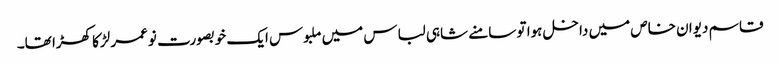
قاسم دیوان خاص میں داخل ہوا تو سامنے شاہی لباس میں ملبوس ایک خوبصورت نوعمر لڑکا کھڑا تھا۔